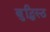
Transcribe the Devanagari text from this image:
बुद्धिस्ठ